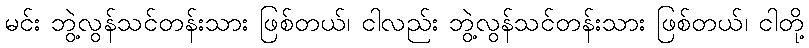
မင်း ဘွဲ့လွန်သင်တန်းသား ဖြစ်တယ်၊ ငါလည်း ဘွဲ့လွန်သင်တန်းသား ဖြစ်တယ်၊ ငါတို့